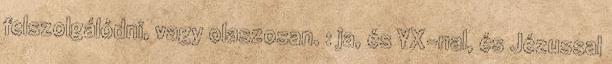
felszolgálódni, vagy olaszosan. : ja, és YX-nal, és Jézussal